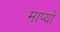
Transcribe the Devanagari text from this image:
माप्याँ